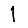
Digit: 1